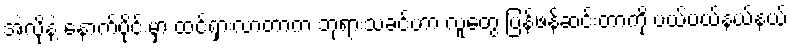
အဲ့လိုနဲ့ နောက်ပိုင်းမှာ ထင်ရှားလာတာက ဘုရားသခင်ဟာ လူတွေ ပြန်ဖန်ဆင်းတာကို ပယ်ပယ်နယ်နယ်